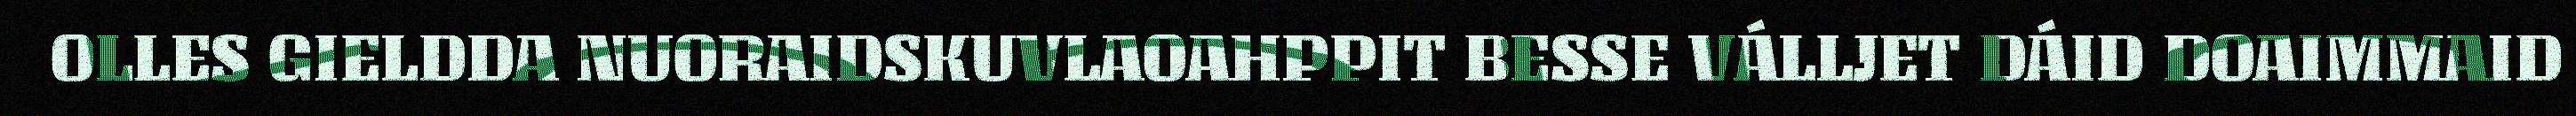
OLLES GIELDDA NUORAIDSKUVLAOAHPPIT BESSE VÁLLJET DÁID DOAIMMAID